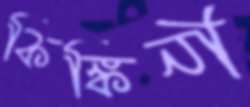
কিঙ্কিনী